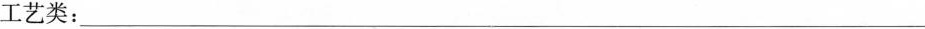
工艺类：___